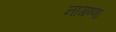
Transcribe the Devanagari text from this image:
नागण्णा